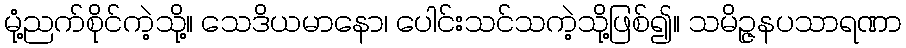
မုံ့ညက်စိုင်ကဲ့သို့။ သေဒိယမာနော၊ ပေါင်းသင်သကဲ့သို့ဖြစ်၍။ သမိဉ္ဇနပသာရဏာ